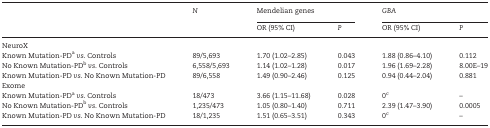
| <ROWSPAN=2>  | <ROWSPAN=2> N | <COLSPAN=2> Mendelian genes | <COLSPAN=2> GBA |
 | OR (95% CI) | P | OR (95% CI) | P |
 | --- | --- | --- | --- | --- | --- |
 | <COLSPAN=6> NeuroX |
 | Known Mutation-PDavs. Controls | 89/5,693 | 1.70 (1.02–2.85) | 0.043 | 1.88 (0.86–4.10) | 0.112 |
 | No Known Mutation-PDbvs. Controls | 6,558/5,693 | 1.14 (1.02–1.28) | 0.017 | 1.96 (1.69–2.28) | 8.00E–19 |
 | Known Mutation-PD vs. No Known Mutation-PD | 89/6,558 | 1.49 (0.90–2.46) | 0.125 | 0.94 (0.44–2.04) | 0.881 |
 | <COLSPAN=6> Exome |
 | Known Mutation-PDavs. Controls | 18/473 | 3.66 (1.15–11.68) | 0.028 | 0c | – |
 | No Known Mutation-PDbvs. Controls | 1,235/473 | 1.05 (0.80–1.40) | 0.711 | 2.39 (1.47–3.90) | 0.0005 |
 | Known Mutation-PD vs. No Known Mutation-PD | 18/1,235 | 1.51 (0.65–3.51) | 0.343 | 0c | – |